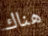
هناك